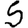
Digit: 5